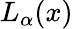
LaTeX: L_{\alpha}(x)